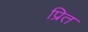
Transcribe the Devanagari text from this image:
प्रित